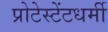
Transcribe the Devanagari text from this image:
प्रोटेस्टेंटधर्मी